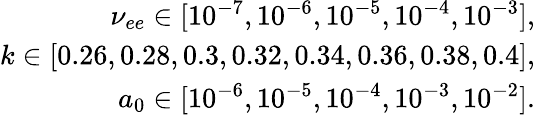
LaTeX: \begin{array}{r}{\nu_{ee}\in[10^{-7},10^{-6},10^{-5},10^{-4},10^{-3}],}\\ {k\in[0.26,0.28,0.3,0.32,0.34,0.36,0.38,0.4],}\\ {a_{0}\in[10^{-6},10^{-5},10^{-4},10^{-3},10^{-2}].}\end{array}